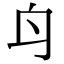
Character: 𨈏